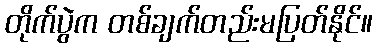
တိုက်ပွဲက တစ်ချက်တည်းမပြတ်နိုင်။